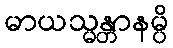
မာယသ္မန္တာနမ္ပိ